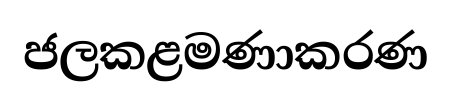
ජලකළමණාකරණ